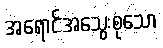
အရောင်အသွေးစုံသော